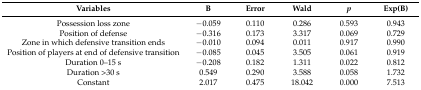
| Variables | B | Error | Wald | p | Exp(B) |
 | --- | --- | --- | --- | --- | --- |
 | Possession loss zone | −0.059 | 0.110 | 0.286 | 0.593 | 0.943 |
 | Position of defense | −0.316 | 0.173 | 3.317 | 0.069 | 0.729 |
 | Zone in which defensive transition ends | −0.010 | 0.094 | 0.011 | 0.917 | 0.990 |
 | Position of players at end of defensive transition | −0.085 | 0.045 | 3.505 | 0.061 | 0.919 |
 | Duration 0–15 s | −0.208 | 0.182 | 1.311 | 0.022 | 0.812 |
 | Duration >30 s | 0.549 | 0.290 | 3.588 | 0.058 | 1.732 |
 | Constant | 2.017 | 0.475 | 18.042 | 0.000 | 7.513 |